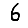
Digit: 6